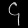
Digit: ၄